Leucocytozoon canis - Number 26
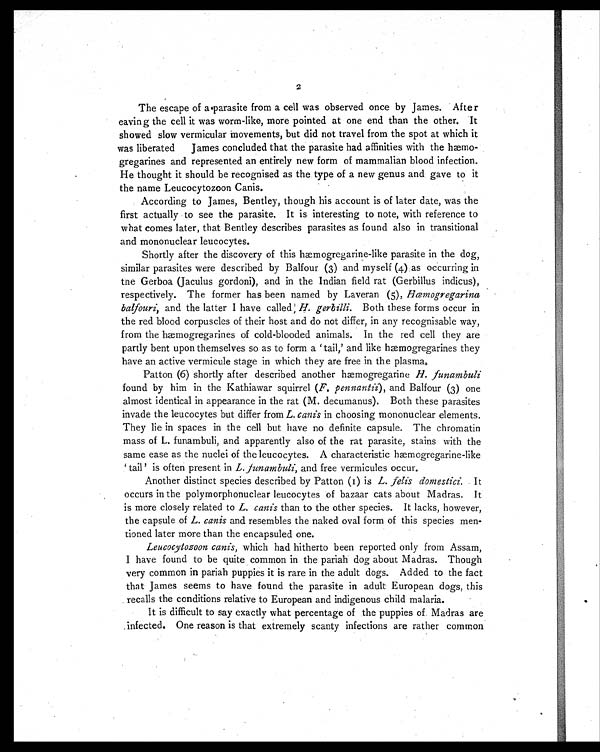
2
The escape of a parasite from a cell was observed once by James. After
eaving the cell it was worm-like, more pointed at one end than the other. It
showed slow vermicular movements, but did not travel from the spot at which it
was liberated James concluded that the parasite had affinities with the hæmo-
gregarines and represented an entirely new form of mammalian blood infection.
He thought it should be recognised as the type of a new genus and gave to it
the name Leucocytozoon Canis.
According to James, Bentley, though his account is of later date, was the
first actually to see the parasite. It is interesting to note, with reference to
what comes later, that Bentley describes parasites as found also in transitional
and mononuclear leucocytes.
Shortly after the discovery of this hæmogregarine-like parasite in the dog,
similar parasites were described by Balfour (3) and myself (4) as occurring in
the Gerboa (Jaculus gordoni), and in the Indian field rat (Gerbillus indicus),
respectively. The former has been named by Laveran (5), Hæmogregarina
balfouri, and the latter I have called H. gerbilli. Both these forms occur in
the red blood corpuscles of their host and do not differ, in any recognisable way,
from the hæmogregarines of cold-blooded animals. In the red cell they are
partly bent upon themselves so as to form a 'tail,' and like hæmogregarines they
have an active vermicule stage in which they are free in the plasma.
Patton (6) shortly after described another hæmogregarine H. funambuli
found by him in the Kathiawar squirrel ( F. pennantii), and Balfour (3) one
almost identical in appearance in the rat (M. decumanus). Both these parasites
invade the leucocytes but differ from L. canis in choosing mononuclear elements.
They lie in spaces in the cell but have no definite capsule. The chromatin
mass of L. funambuli, and apparently also of the rat parasite, stains with the
same ease as the nuclei of the leucocytes. A characteristic hæmogregarine-like
'tail' is often present in L. funambuli, and free vermicules occur.
Another distinct species described by Patton (1) is L. felis domestici. It
occurs in the polymorphonuclear leucocytes of bazaar cats about Madras. It
is more closely related to L. canis than to the other species. It lacks, however,
the capsule of L. canis and resembles the naked oval form of this species men-
tioned later more than the encapsuled one.
Leucocytozoon canis, which had hitherto been reported only from Assam,
I have found to be quite common in the pariah dog about Madras. Though
very common in pariah puppies it is rare in the adult dogs. Added to the fact
that James seems to have found the parasite in adult European dogs, this
recalls the conditions relative to European and indigenous child malaria.
It is difficult to say exactly what percentage of the puppies of Madras are
infected. One reason is that extremely scanty infections are rather common